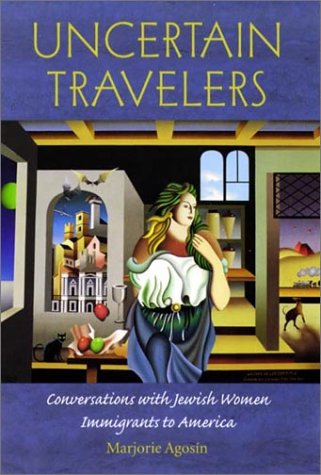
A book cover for Uncertain Travelers: Conversations with Jewish Women Immigrants to America (HBI Series on Jewish Women); Marjorie AgosÃ­n; Gay & Lesbian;